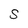
Character: S